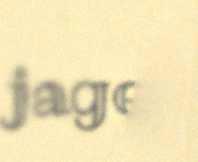
jage.